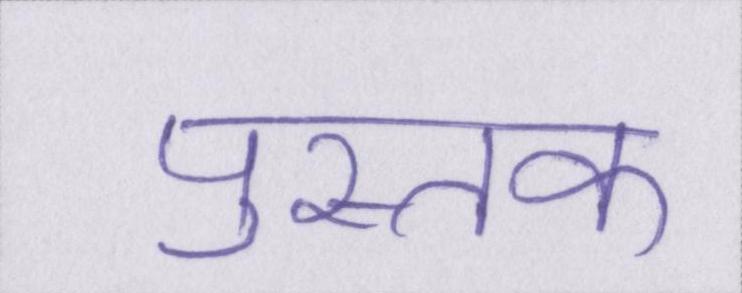
पुस्तक